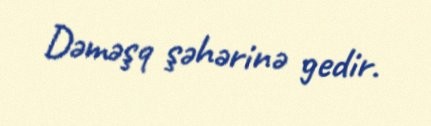
Dəməşq şəhərinə gedir.